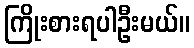
ကြိုးစားရပါဦးမယ်။